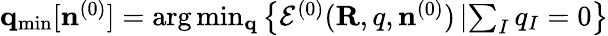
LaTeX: \begin{array}{r}{{\mathbf q}_{\mathrm{min}}[{\mathbf n}^{(0)}]=\arg\operatorname*{min}_{\mathbf q}\left\{ {\cal E}^{(0)}({\mathbf R,q},{\mathbf n}^{(0)})\left\vert\sum_{I}q_{I}=0\right.\right\} }\end{array}